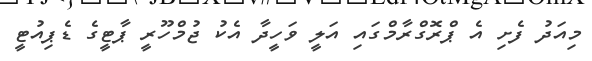
މިއަދު ފެށި އެ ޕްރޮގްރާމްގައި އަލީ ވަހީދާ އެކު ޖުމްހޫރީ ޕާޓީގެ ޑެޕިއުޓީ